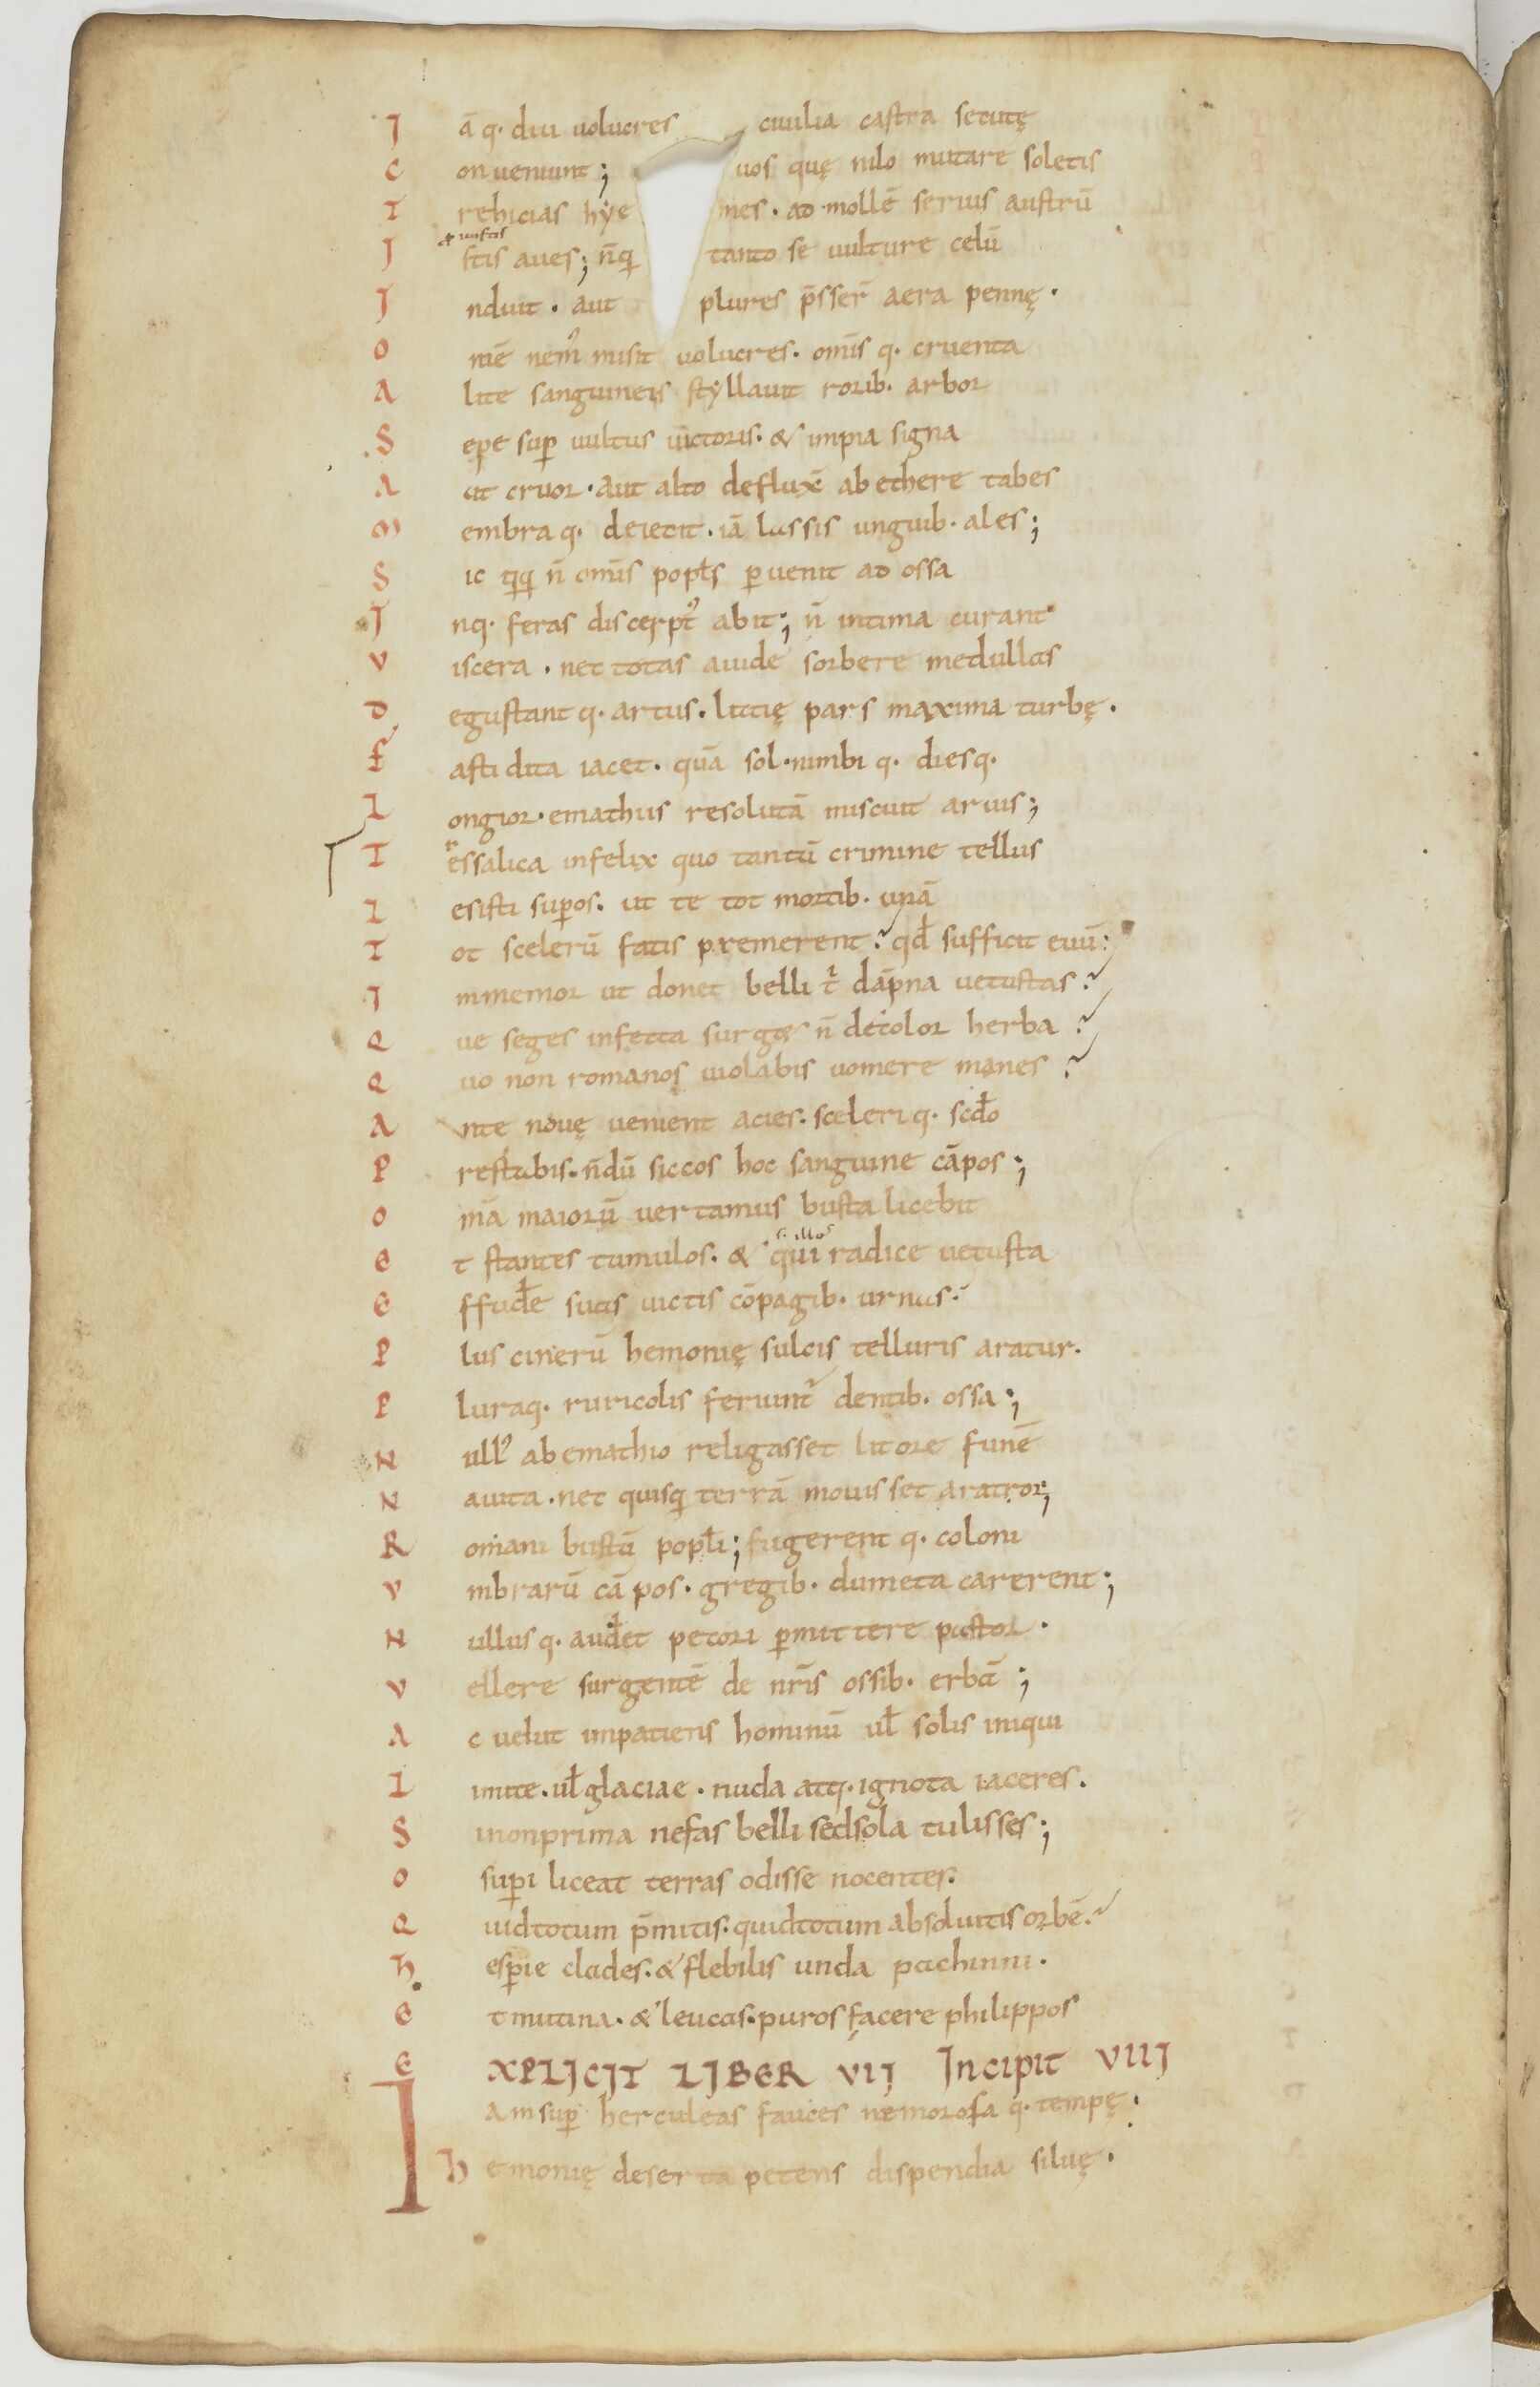
Shelfmark: Paris, BnF, lat. 17901
Century: 11